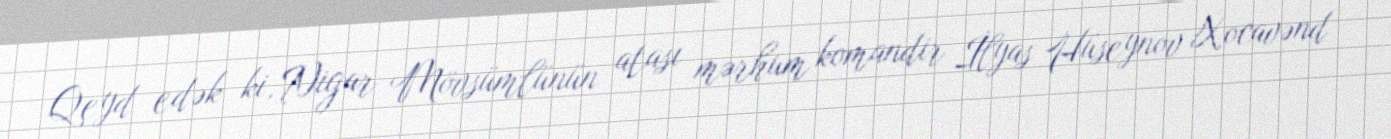
Qeyd edək ki, Nigar Mövsümlünün atası mərhum komandir İlyas Hüseynov Xocavənd